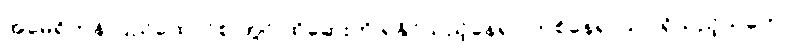
အမေရိကန် ပြည်ထောင်စု တွင် ထိုဆေးကို ရနိုင်သည့်နေရာ တစ်နေရာသာ ရှိသည့်သဘော